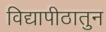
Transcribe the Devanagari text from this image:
विद्यापीठातुन